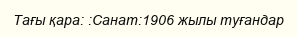
Тағы қара: :Санат:1906 жылы туғандар